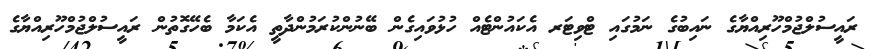
ރައީސުލްޖުމްހޫރިއްޔާގެ ނައިބުގެ ނަމުގައި ޓްވިޓަރ އެކައުންޓެއް ހުޅުވައިގެން ބޭނުންކުރަމުންދާތީ އެކަމާ ބެހޭގޮތުން ރައީސުލްޖުމްހޫރިއްޔާގެ